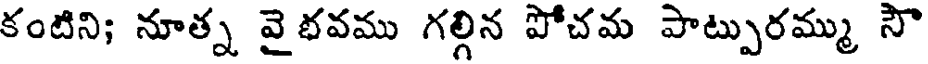
కంటిని; నూత్న వైభవము గల్గిన పోచమ పాట్పురమ్ము సౌ